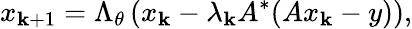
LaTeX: x_{\mathbf{k}+1}=\Lambda_{\theta}\left(x_{\mathbf{k}}-\lambda_{\mathbf{k}}A^{*}(Ax_{\mathbf{k}}-y)\right),